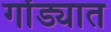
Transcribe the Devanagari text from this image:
गोंड्यात